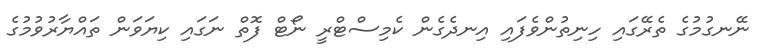
ނޭނގުމުގެ ތެރޭގައި ހިނިތުންވެފައި އިނދެގެން ކެމިސްޓްރީ ނޯޓް ފޮތް ނަގައި ކިޔަވަން ތައްޔާރުވުމުގެ